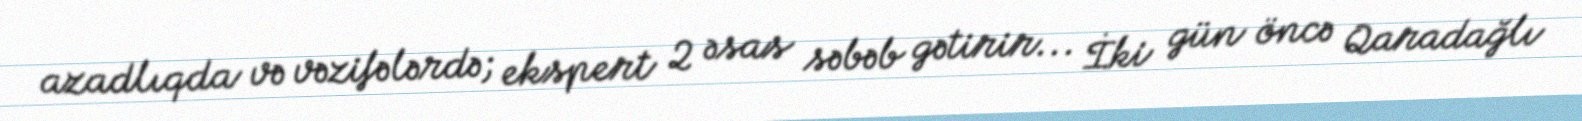
azadlıqda və vəzifələrdə; ekspert 2 əsas səbəb gətirir... İki gün öncə Qaradağlı